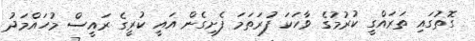
ގޮތުގައި ތަރައްގީ ކުރުމުގެ ވާހަކަ ފުރަތަމަ ފެށިގެން އައީ ކުރީގެ ރައީސް މުހައްމަދު